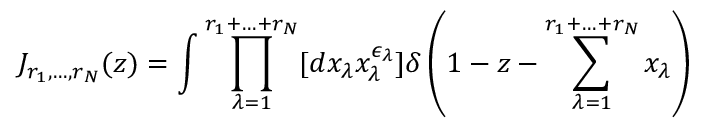
J _ { r _ { 1 } , \ldots , r _ { N } } ( z ) = \int \prod _ { \lambda = 1 } ^ { r _ { 1 } + \ldots + r _ { N } } [ d x _ { \lambda } x _ { \lambda } ^ { \epsilon _ { \lambda } } ] \delta \left( 1 - z - \sum _ { \lambda = 1 } ^ { r _ { 1 } + \ldots + r _ { N } } x _ { \lambda } \right)